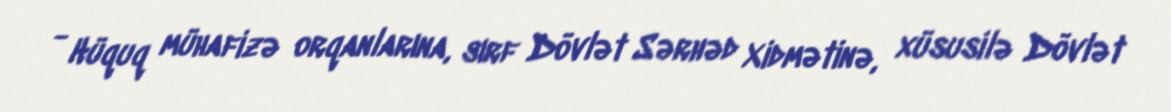
- Hüquq mühafizə orqanlarına, sırf Dövlət Sərhəd Xidmətinə, xüsusilə Dövlət